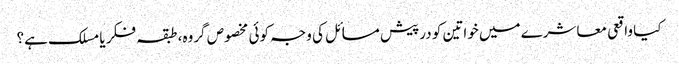
کیا واقعی معاشرے میں خواتین کو درپیش مسائل کی وجہ کوئی مخصوص گروہ، طبقہ فکر یا مسلک ہے؟